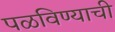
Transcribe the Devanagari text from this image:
पळविण्याची